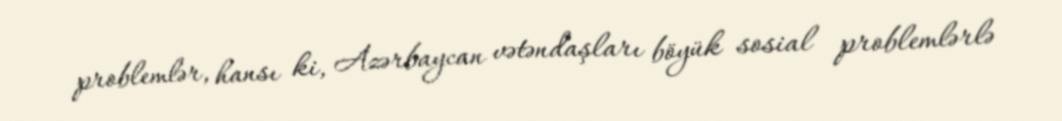
problemlər, hansı ki, Azərbaycan vətəndaşları böyük sosial problemlərlə